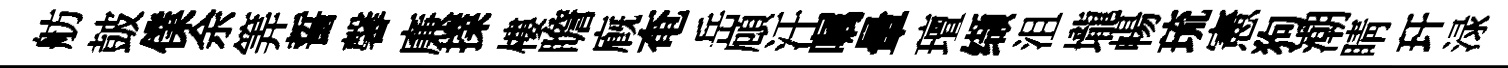
舫皷㒒余筭誓馨廉擈樓瞻廐奄岳頋汗嘱暈璮缬沮壠暢琉憲狗潮睛玕渌